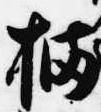
橘